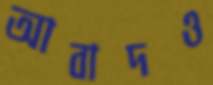
আবাদও